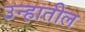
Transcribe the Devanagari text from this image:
उन्हातील